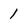
Character: 1